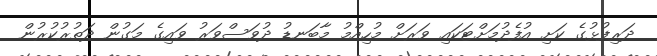
ދަރިފުޅުގެ ކަށި އުފެދުމަށްޓަކައި ވަރަށް މުހިއްމު މާބަނޑު ދުވަސްވަރު ވައިގެ މަގުން ދަތުރުކުރުން